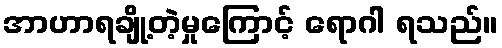
အာဟာရချို့တဲ့မှုကြောင့် ရောဂါ ရသည်။